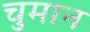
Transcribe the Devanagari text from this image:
चुमान